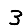
Digit: 3